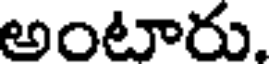
అంటారు.